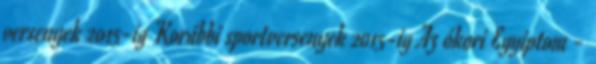
versenyek 2015-ig Korábbi sportversenyek 2015-ig Az ókori Egyiptom -